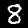
Label: 8